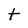
Character: t